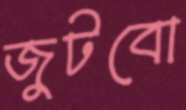
জুটবো